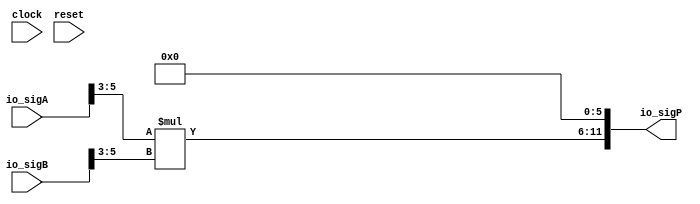
module PositMul7_0_3(
  input         clock,
  input         reset,
  input  [5:0]  io_sigA,
  input  [5:0]  io_sigB,
  output [11:0] io_sigP
);
  wire [2:0] _T; // @[PositMul.scala 32:20]
  wire [2:0] _T_1; // @[PositMul.scala 32:59]
  wire [2:0] _T_2; // @[PositMul.scala 33:20]
  wire [2:0] _T_3; // @[PositMul.scala 33:59]
  wire [5:0] _T_4; // @[PositMul.scala 35:23]
  wire [5:0] _T_5; // @[Cat.scala 29:58]
  assign _T = io_sigA[5:3]; // @[PositMul.scala 32:20]
  assign _T_1 = $signed(_T); // @[PositMul.scala 32:59]
  assign _T_2 = io_sigB[5:3]; // @[PositMul.scala 33:20]
  assign _T_3 = $signed(_T_2); // @[PositMul.scala 33:59]
  assign _T_4 = $signed(_T_1) * $signed(_T_3); // @[PositMul.scala 35:23]
  assign _T_5 = $unsigned(_T_4); // @[Cat.scala 29:58]
  assign io_sigP = {_T_5,6'h0}; // @[PositMul.scala 35:13]
endmodule